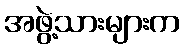
အဖွဲ့သားများက